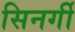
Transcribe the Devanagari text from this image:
सिनर्गी